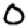
Digit: 0